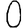
Digit: 0